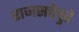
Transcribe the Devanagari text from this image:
राजसत्तेपुढे